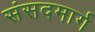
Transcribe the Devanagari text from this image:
संसदमार्ग